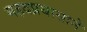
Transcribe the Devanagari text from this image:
महदप्रयासाने